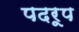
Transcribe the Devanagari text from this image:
पदरूप